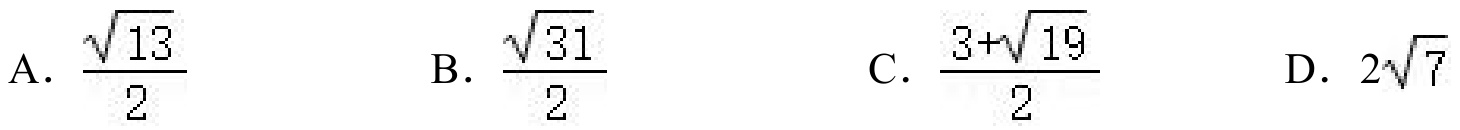
A. \(\dfrac{\sqrt{13}}{2}\)  B. \(\dfrac{\sqrt{31}}{2}\)  C. \(\dfrac{3 + \sqrt{19}}{2}\)  D. \(2\sqrt{7}\)